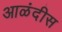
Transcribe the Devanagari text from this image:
आळंदीस